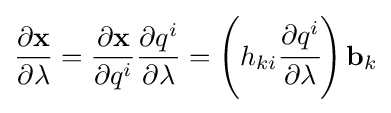
{\partial \mathbf {x}  \over \partial \lambda }={\partial \mathbf {x}  \over \partial q^{i}}{\partial q^{i} \over \partial \lambda }=\left(h_{ki}{\cfrac {\partial q^{i}}{\partial \lambda }}\right)\mathbf {b} _{k}